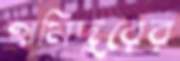
হামিদুরের